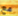
مع